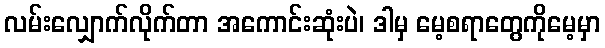
လမ်းလျှောက်လိုက်တာ အကောင်းဆုံးပဲ၊ ဒါမှ မေ့စရာတွေကိုမေ့မှာ